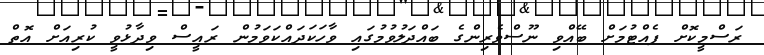
ރަސްމީކޮށް ފެއްޓުމަށް ބޭއްވި ނޫސްވެރިންގެ ބައްދަލުވުމުގައި ވާހަކަދައްކަވަމުން ރައީސް ވިދާޅުވީ ކުރިއަށް އޮތް